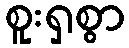
စူးရှစွာ